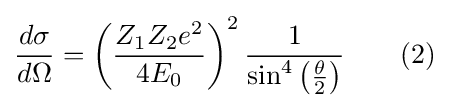
{\frac {d\sigma }{d\Omega }}=\left({\frac {Z_{1}Z_{2}e^{2}}{4E_{0}}}\right)^{2}{\frac {1}{\sin ^{4}\left({\frac {\theta }{2}}\right)}}\qquad (2)